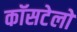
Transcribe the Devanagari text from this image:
कॉसटेलो